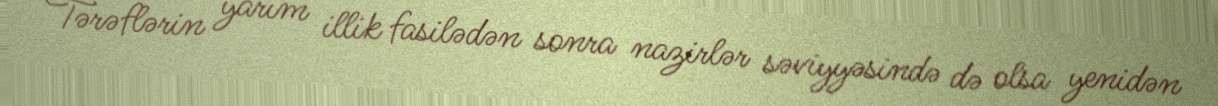
Tərəflərin yarım illik fasilədən sonra nazirlər səviyyəsində də olsa yenidən